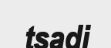
tsadi